Leaving Certificate Examination, 1915
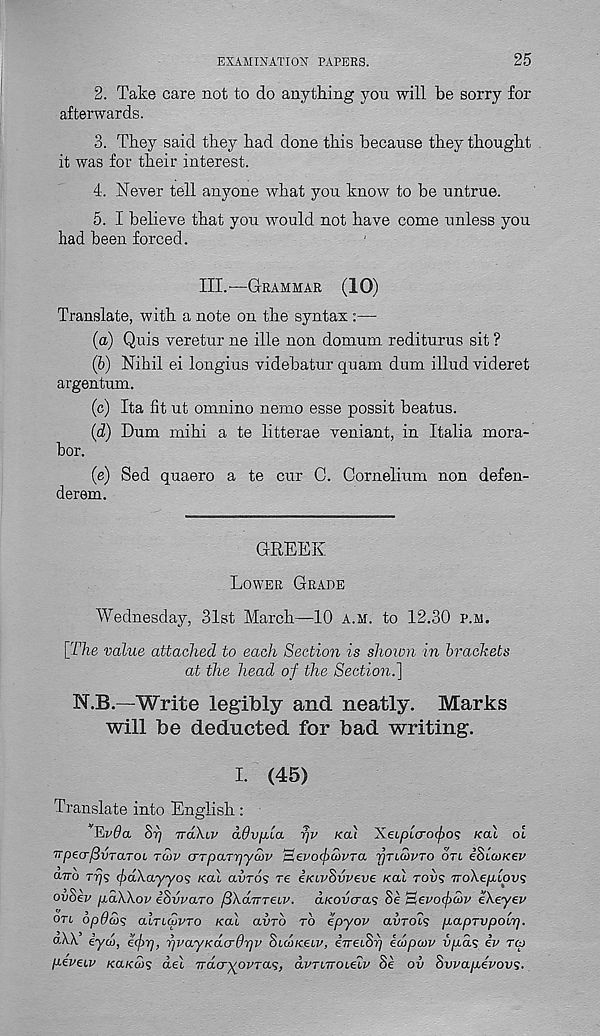
EXAMINATION PAPERS.
25
2. Take care not to do anything you will be sorry for
afterwards.
3. They said they had done this because they thought
it was for their interest.
4. Never tell anyone what you know to be untrue.
5. I believe that you would not have come unless you
had been forced.
III.-—GRAMMAR (10)
Translate, with a note on the syntax :—
(a) Quis veretur ne ille non domum rediturus sit ?
(b) Nihil ei longius videbatur quam dum illud videret
argentum.
(c) Ita fit ut omnino nemo esse possit beatus.
(d) Dum mihi a te litterae veniant, in Italia mora-
bor.
(e) Sed quaero a te cur C. Cornelium non defen-
derem.
GREEK
LOWER GRADE
Wednesday, 31st March—10 A.M. to 12.30 P.M.
[The value attached to each Section is shown in brackets
at the head of the Section.]
N.B.—Write legibly and neatly. Marks
will be deducted for bad writing.
I. (45)
Translate into English:
‘’Jtivda Srj TTOXLV dOv^la rjv Kai ~KeipL<T0(f)0<; KCLL oi
TTpecrfivTaTOL TCOV <TTpaTr)ya>v l £,evo<f>a>vTa 'pricovTo OTL i8ia>Kev
ano T7)s f>d\ayyo<; Kal o/uro? re iKivSvveve Kal TOVS TroXepbLOVs
ovBev poXXov iSvvaTO fiXairrei.v. <XKOVCTCLS Se Hevocfciv ekeyev
OTL opdcos aiTiaivTO Kal amb TO epyov avrols papTvpoLrj.
oW eyw, e(f)rj, rjvayKdo-drjv SiUKeiv, eTmSi) edpcov vpas iv rco
peveLv KaKois del TracryovTas, avTiTroieiv 8e ov Swapevovs.